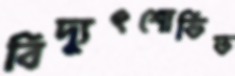
বিদ্যুৎশোভিত